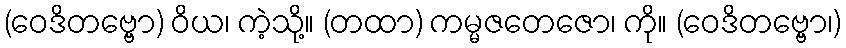
(ဝေဒိတဗ္ဗော) ဝိယ၊ ကဲ့သို့။ (တထာ) ကမ္မဇတေဇော၊ ကို။ (ဝေဒိတဗ္ဗော၊)